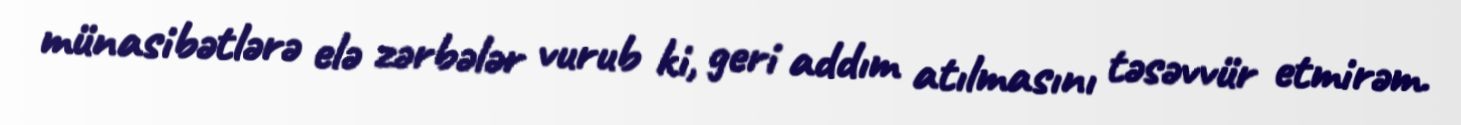
münasibətlərə elə zərbələr vurub ki, geri addım atılmasını təsəvvür etmirəm.